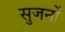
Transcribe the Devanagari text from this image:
सुजनों